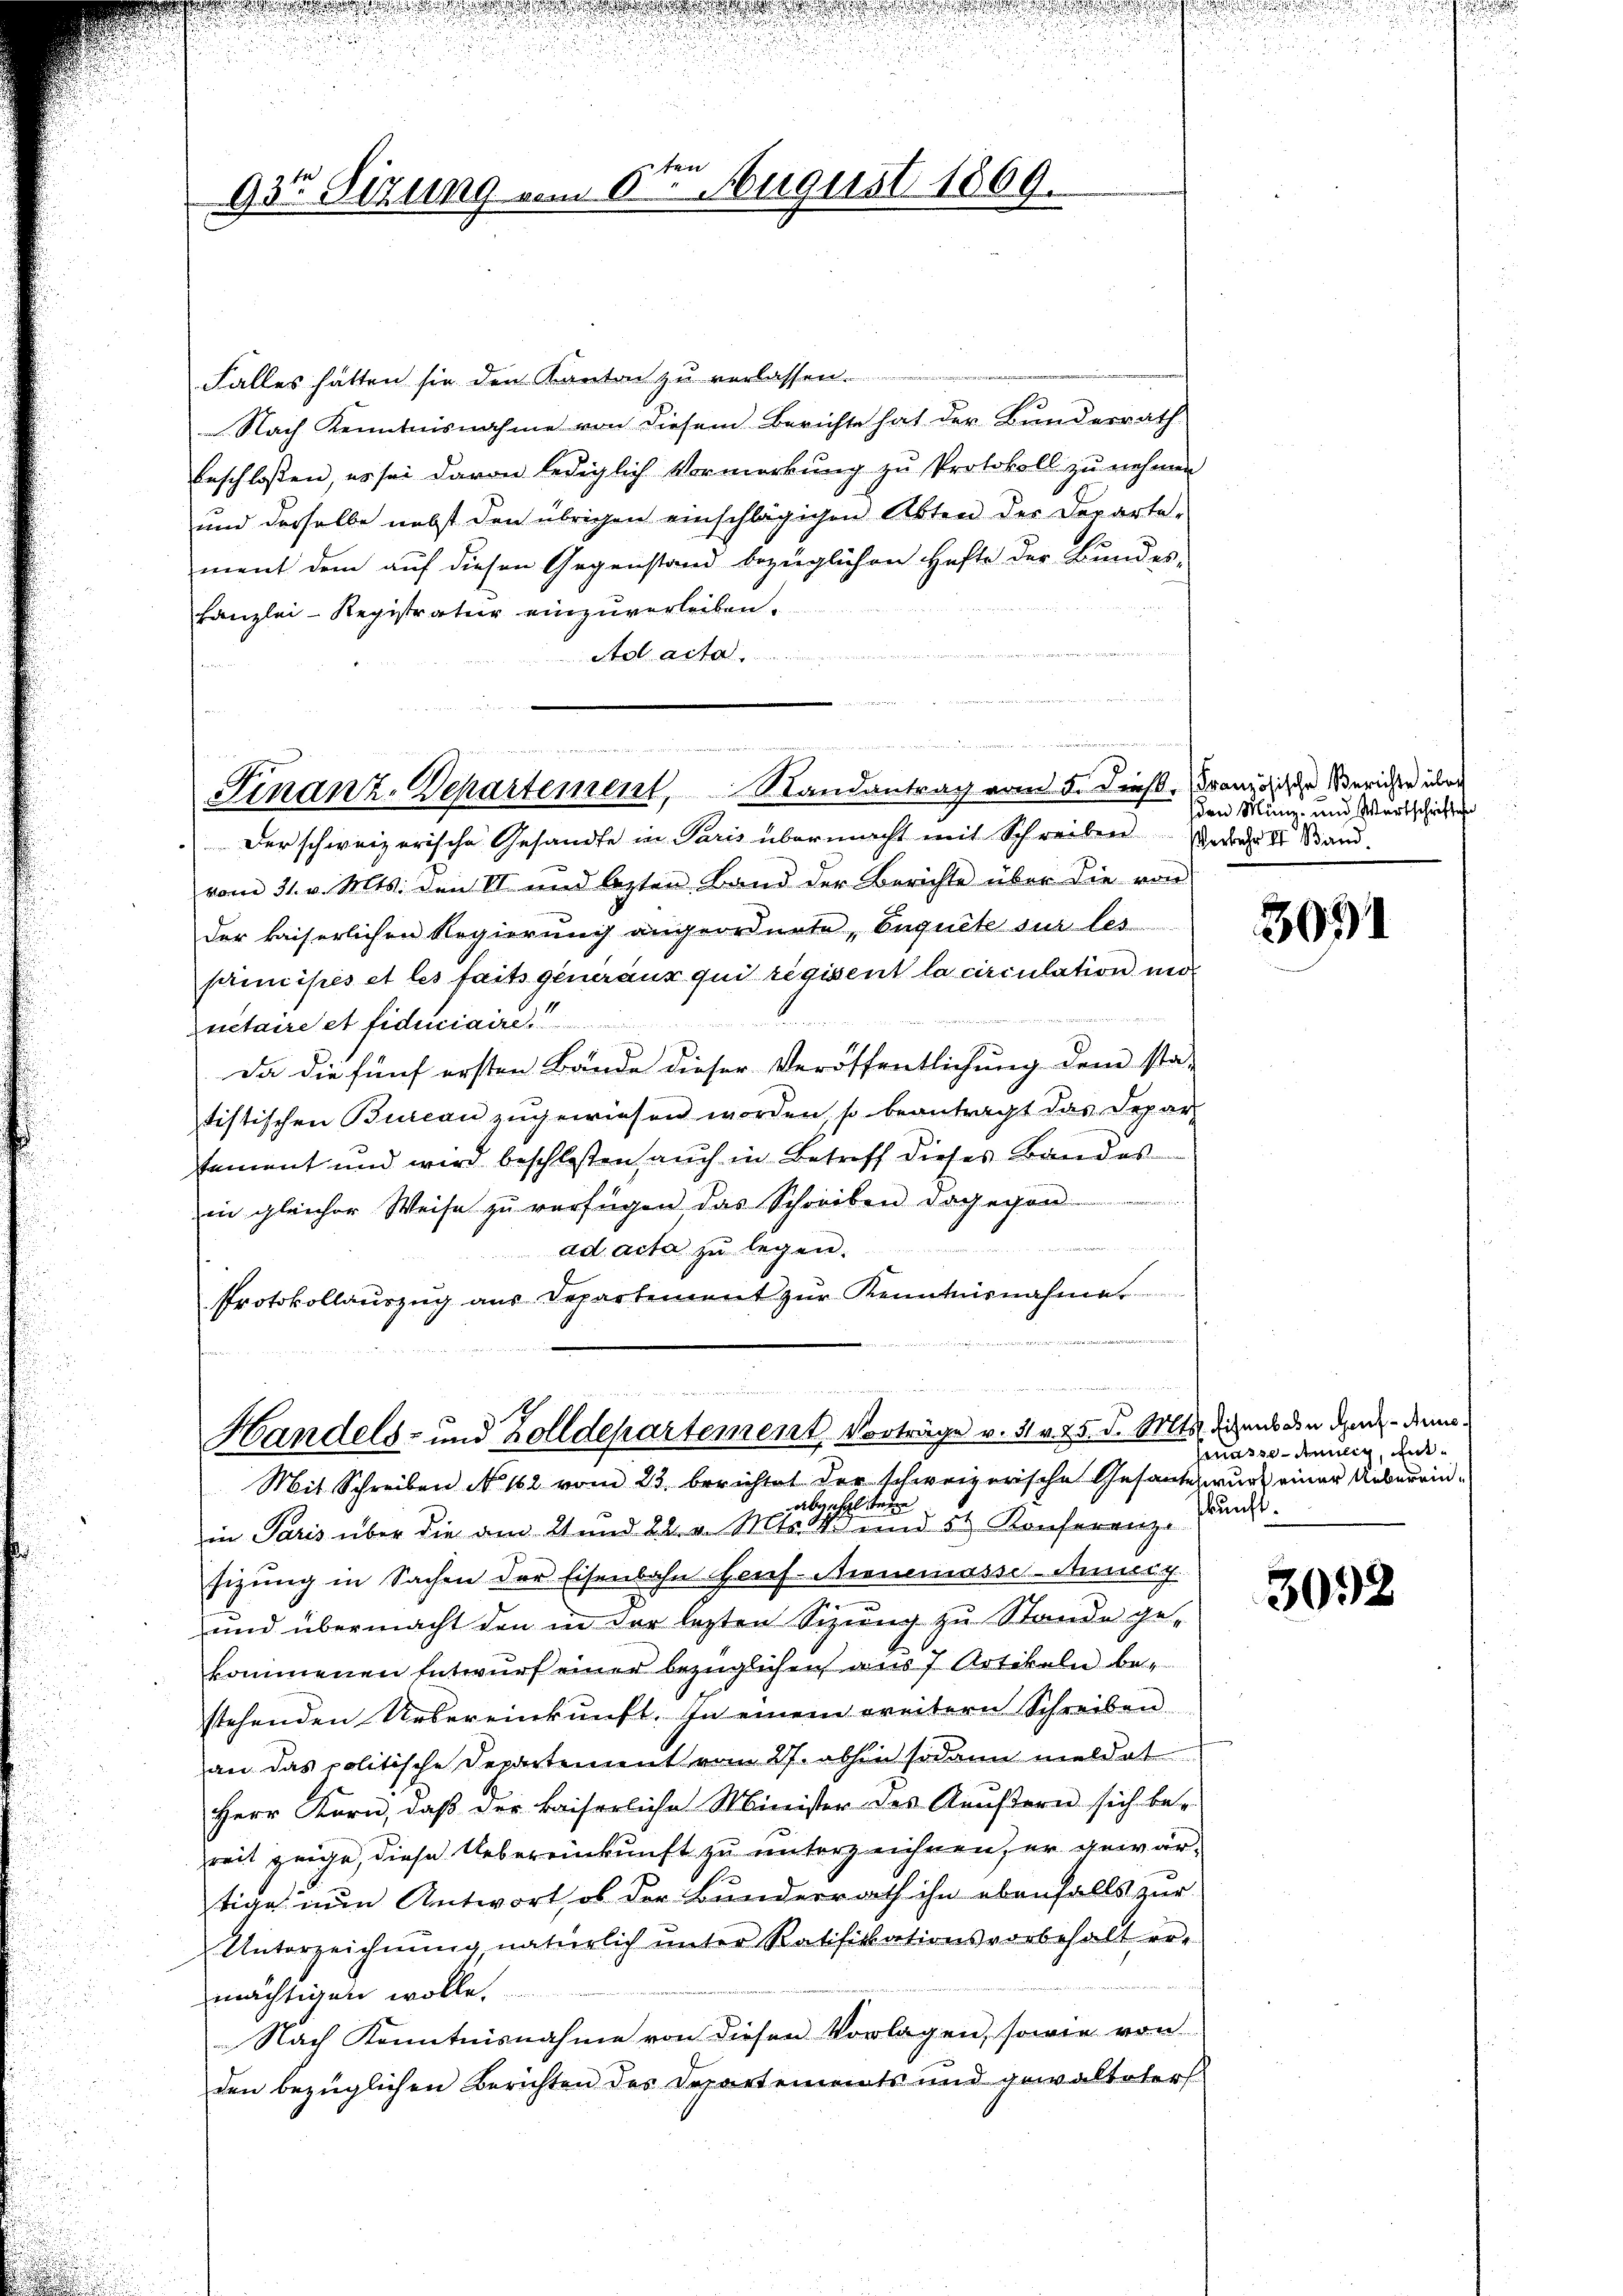
93t Sizung vom 5ten August 1869.

nois der an derseit 1733, f
Finanz-Departement, Randantrag vom 5. Diess, Franz die Berichte über

Falles hätten sie den Kanton zu verlassen.
Nach Kenntnisnahme von diesem Berichte hat der Bundesrath
beschlossen, es sei davon lediglich Vormerkung zu Protokoll zu nehmen
und derselbe nebst den übrigen einschlägigen Abten der Departement dem auf diesen Gegenstand bezüglichen Hefte der Bundes-
kanzlei-Registratur einzuverleiben.
Ad acta.
.
Der schweizerische Gesandte in Paris übermacht mit Schreiben Verdar Dr Stand.
vom 31. v. Mts. den II und lezten Band der Berichte über die von
der kaiserlichen Regierung angeordnete, Enquete sur les
primises et les faits generaux qui regissent la circulation moretaire et fiduciaire.
Da die fünf ersten Bände dieser Veröffentlichung dem sta-
tistischen Bureau zugewiesen worden, so beantragt das Deparsement und wird beschlossen, auch in Betreff dieses Bandes
in gleicher Weise zu verfügen das Schreiben dagegen
ad acta zu legen.
Protokollauszug aus Departement zur Kenntnisnahme

Handels- und Zolldepartement, Vorträge v. 31. v. 25. d. Mts. diesens den durch den
Mit Schreiben No. 162 vom 23. berichtet der schweizerische Gesantwurf einer Ueberrinabgehalten
in Paris über die am 21 und 22. v. Mts. und 5t. Konferenze
sizung in Sachen der Eisenbahn Heuf-Nienemasse Annig
und übermacht den in der lezten Sizung zu Stande gekommenen Entwurf einer bezüglichen aus 7 Artikeln bestehenden Uebereinkunft. In einem weitern Schreiben
an das politische Departement vom 27. abhin sodann meldet
Herr Korn, daß der kaiserliche Minister des Aeußern sich be-
weit zeige, diese Uebereinkunft zu unterzeichnen, er gewärtige nun Antwort, ob der Bunderrath ihn ebenfalls zur
Unterzeichnŭng, natürlich unter Ratifikationsvorbehalt er-

mächtigen wolle.
Nach Kenntnisnahme von diesen Vorlagen, sowie von
den bezüglichen Berichten des Departements und gewalteter

sden Münz- und Wartschriften

3091

masse Anilig, entskunft.

3092